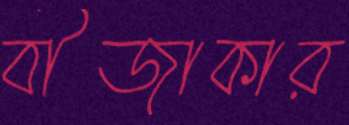
বীজাকার